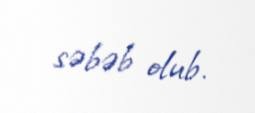
səbəb olub.